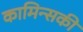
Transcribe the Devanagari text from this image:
कामिन्सकी